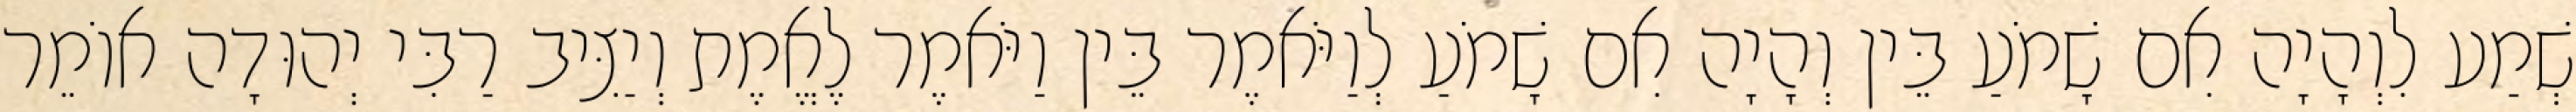
שְׁמַע לִוְהָיָה אִם שָׁמֹעַ בֵּין וְהָיָה אִם שָׁמֹעַ לְוַיֹּאמֶר בֵּין וַיֹּאמֶר לֶאֱמֶת וְיַצִּיב רַבִּי יְהוּדָה אוֹמֵר